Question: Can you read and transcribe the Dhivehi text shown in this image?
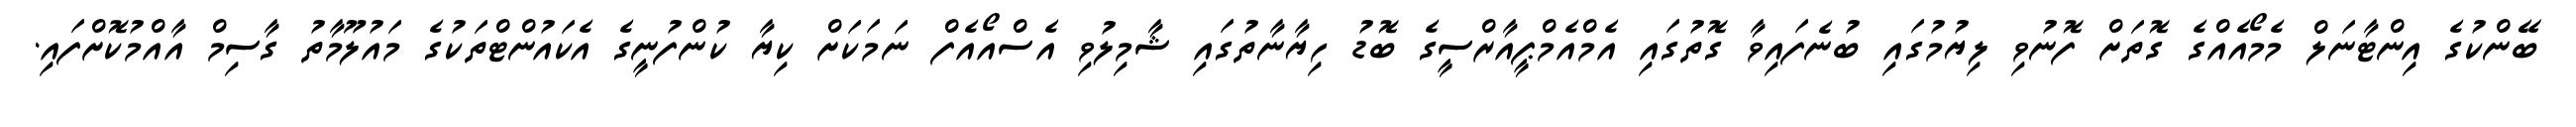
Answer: ބޭންކުގެ އިންޓާނަލް މެމޯއެއްގެ ގޮތަށް ފޮނުވި ލިޔުމުގައި ބުނެފައިވާ ގޮތުގައި އެމްއެމްޕީއާރްސީގެ ބޮޑު ހިޔާނާތުގައި ޝާމިލުވި އެސްއޯއެފް ނަމަކަށް ކިޔާ ކުންފުނީގެ އެކައުންޓްތަކުގެ މައުލޫމާތު ގާސިމް އާއްމުކޮށްފައި.